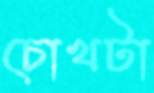
চোখটা